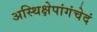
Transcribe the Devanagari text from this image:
अस्थिक्षेपांगंचेदं